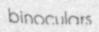
binoculars